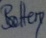
Text: Battery